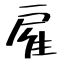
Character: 雇